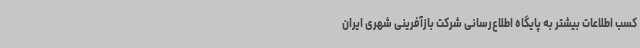
کسب اطلاعات بیشتر به پایگاه اطلاع‌رسانی شرکت بازآفرینی شهری ایران